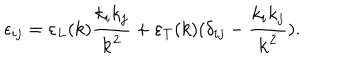
LaTeX: \epsilon _ { i j } = \varepsilon _ { L } ( k ) { \frac { k _ { i } k _ { j } } { { \bf k } ^ { 2 } } } + \varepsilon _ { T } ( k ) ( \delta _ { i j } - { \frac { k _ { i } k _ { j } } { { \bf k } ^ { 2 } } } ) .